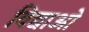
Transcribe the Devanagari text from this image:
विद्याओ